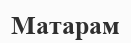
Матарам